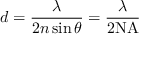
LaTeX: d = { \frac { \lambda } { 2 n \sin \theta } } = { \frac { \lambda } { 2 \mathrm { N A } } }